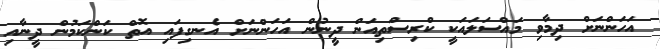
އަހަންނަށް ދިމާވި މައްސަލައަކީ ކްރިސްތިއަން ދީނުން އަހަންނަށް އެނގިފައި އޮތް ކަންކަމުން ދީނާއި